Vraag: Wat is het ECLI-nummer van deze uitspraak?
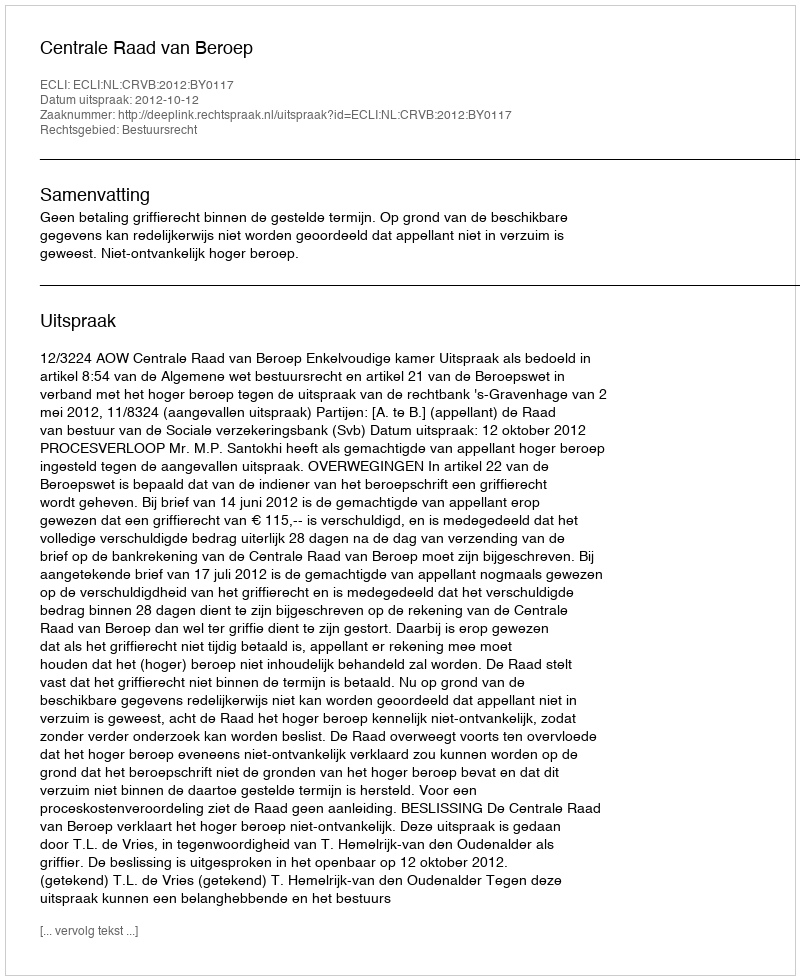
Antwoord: ECLI:NL:CRVB:2012:BY0117